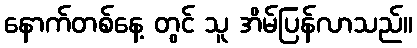
နောက်တစ်နေ့ တွင် သူ အိမ်ပြန်လာသည်။